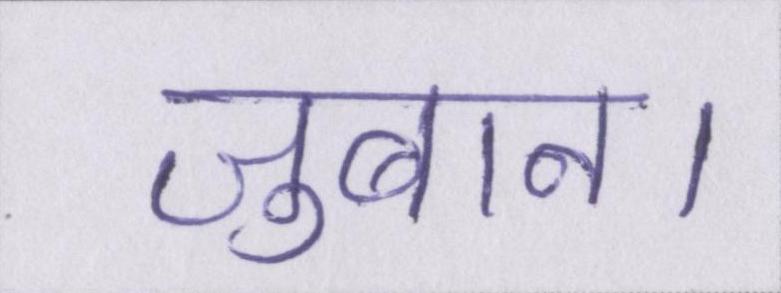
जुबान।